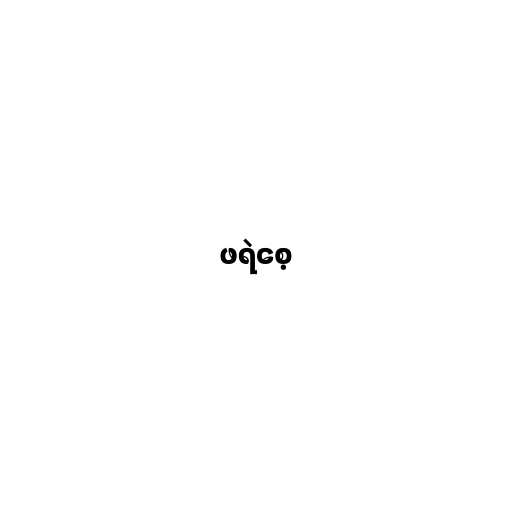
ဖရဲစေ့